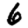
Digit: 6